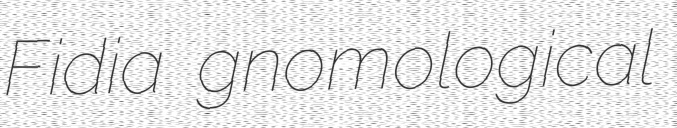
Fidia gnomological